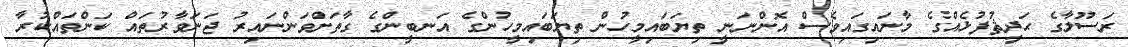
ރަސޫލާގެ ޙަދީޘުފުޅެއްގެ މާނައިގައިވެސް އޮންނަނީ ތިޔަބައިމީހުން ތިޔަބައިމީހުންގެ އަނބީންގެ ގާތަށްވަންނައިރު ޖަނަވާރުތައް ކަންތައްކުރާ